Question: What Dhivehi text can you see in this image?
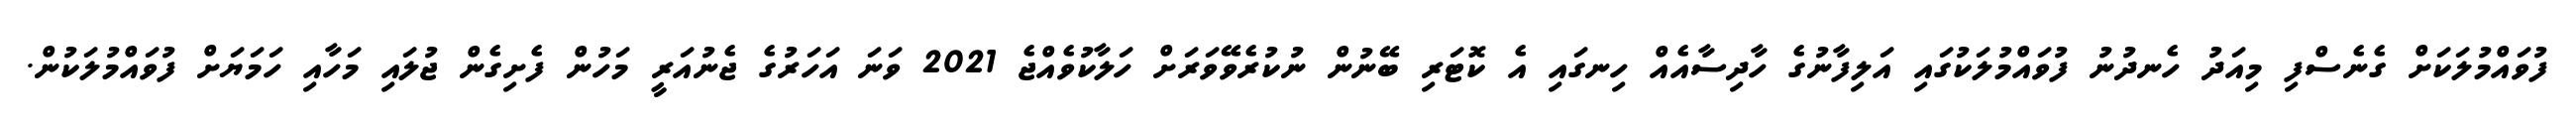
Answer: ފުވައްމުލަކަށް ގެނެސްފި މިއަދު ހެނދުނު ފުވައްމުލަކުގައި އަލިފާނުގެ ހާދިސާއެއް ހިނގައި އެ ކޮޓަރި ބޭނުން ނުކުރެވޭވަރަށް ހަލާކުވެއްޖެ 2021 ވަނަ އަހަރުގެ ޖެނުއަރީ މަހުން ފެށިގެން ޖުލައި މަހާއި ހަމަޔަށް ފުވައްމުލަކުން.